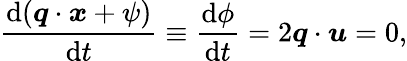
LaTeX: \frac{\mathrm{d}(\boldsymbol{q}\cdot\boldsymbol{x}+\psi)}{\mathrm{d}t}\equiv\frac{\mathrm{d}\phi}{\mathrm{d}t}=2\boldsymbol{q}\cdot\boldsymbol{u}=0,